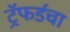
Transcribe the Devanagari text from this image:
ट्रॅफर्डचा